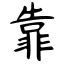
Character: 靠